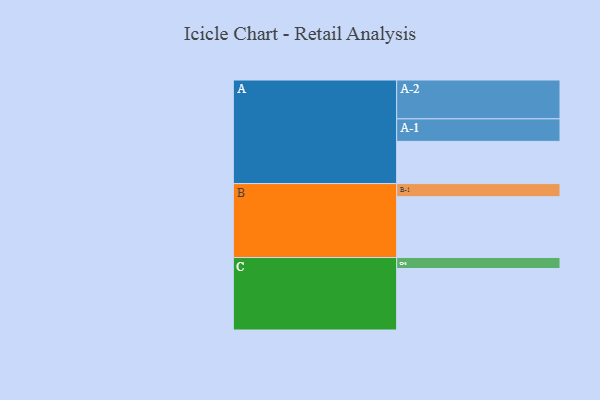
{"axis": {"x": "Segment", "y": "Value"}, "legend": ["", "A", "B", "C"], "data": [{"x": "A", "y": 315, "type": ""}, {"x": "B", "y": 454, "type": ""}, {"x": "C", "y": 459, "type": ""}, {"x": "A-1", "y": 168, "type": "A"}, {"x": "A-2", "y": 290, "type": "A"}, {"x": "B-1", "y": 98, "type": "B"}, {"x": "C-1", "y": 82, "type": "C"}]}